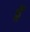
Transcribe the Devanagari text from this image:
ह्रैं